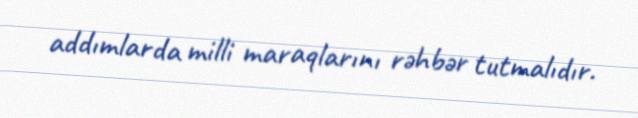
addımlarda milli maraqlarını rəhbər tutmalıdır.